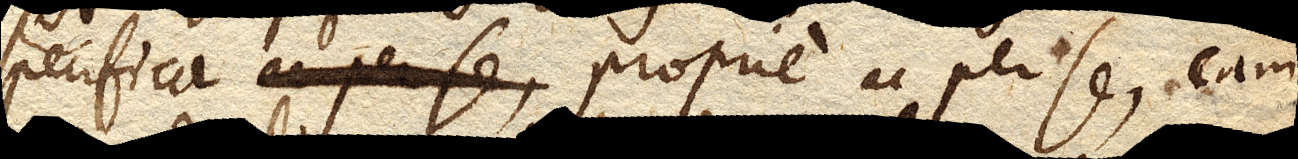
specifica proprie ac per se, eam